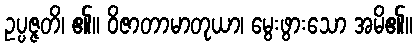
ဥပ္ပဇ္ဇတိ၊ ၏။ ဝိဇာတာမာတုယာ၊ မွေးဖွားသော အမိ၏။